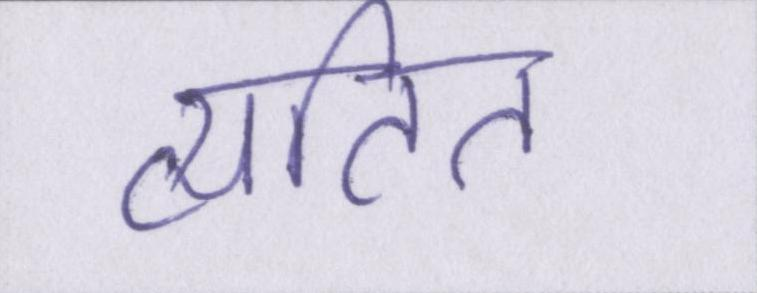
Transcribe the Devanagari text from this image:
व्यतित